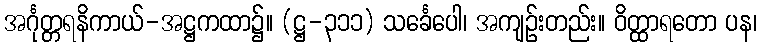
အင်္ဂုတ္တရနိကာယ်-အဋ္ဌကထာ၌။ (ဋ္ဌ-၃၁၁) သင်္ခေပေါ၊ အကျဉ်းတည်း။ ဝိတ္ထာရတော ပန၊